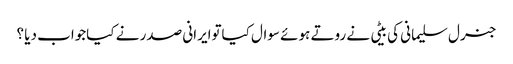
جنرل سلیمانی کی بیٹی نے روتے ہوئے سوال کیاتوایرانی صدر نے کیاجواب دیا ؟